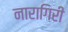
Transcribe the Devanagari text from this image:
नारागिरी